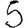
Digit: 5